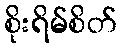
စိုးရိမ်စိတ်